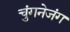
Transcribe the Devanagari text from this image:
चुंगनेजंग